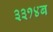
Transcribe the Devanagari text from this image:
३३१४ब